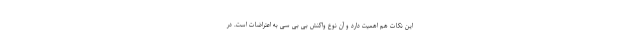
این نکات هم اهمیت دارد و آن نوع واکنش بی بی سی به اعتراضات است. در